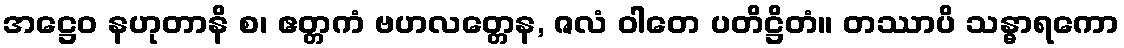
အဋ္ဌေဝ နဟုတာနိ စ၊ ဧတ္တကံ ဗဟလတ္တေန, ဇလံ ဝါတေ ပတိဋ္ဌိတံ။ တဿာပိ သန္ဓာရကော